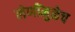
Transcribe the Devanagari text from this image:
लेणींमुळेच